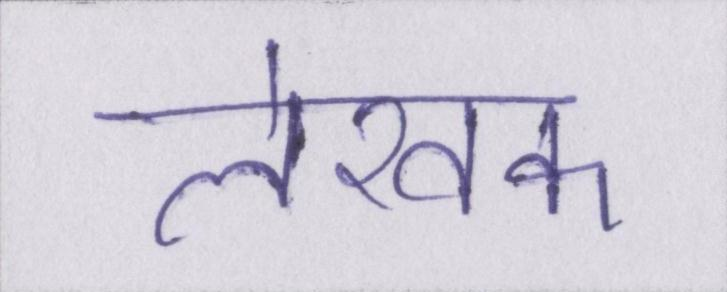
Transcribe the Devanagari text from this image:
लेखक